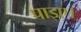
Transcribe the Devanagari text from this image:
पाइए।